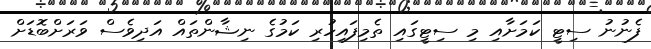
ފެނުނު ސިޓީ ކަމަށާއި މި ސިޓީގައި ތެމިފައިހުރި ކަމުގެ ނިޝާންތައް އަދިވެސް ވަރަށްބޮޑަށް